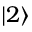
| 2 \rangle